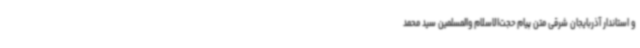
و استاندار آذربایجان شرقی متن پیام حجت‌الاسلام والمسلمین سید محمد